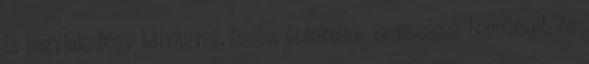
is hagyjuk, hogy bálványok, önzés, érdekeink vezessenek bennünket; és